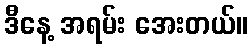
ဒီနေ့ အရမ်း အေးတယ်။